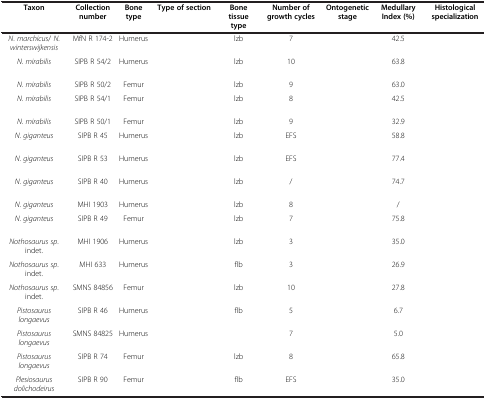
<table><thead><tr><td><b>Taxon</b></td><td><b>Collection number</b></td><td><b>Bone type</b></td><td><b>Type of section</b></td><td><b>Bone tissue type</b></td><td><b>Number of growth cycles</b></td><td><b>Ontogenetic stage</b></td><td><b>Medullary Index (%)</b></td><td><b>Histological specialization</b></td></tr></thead><tbody><tr><td><i>N</i>. <i>marchicus</i>/ <i>N</i>. <i>winterswijkensis</i></td><td>MfN R 174-2</td><td>Humerus</td><td>[EMPTY_CELL]</td><td>lzb</td><td>7</td><td>[EMPTY_CELL]</td><td>42.5</td><td>[EMPTY_CELL]</td></tr><tr><td><i>N</i>. <i>mirabilis</i></td><td>SIPB R 54/2</td><td>Humerus</td><td>[EMPTY_CELL]</td><td>lzb</td><td>10</td><td>[EMPTY_CELL]</td><td>63.8</td><td>[EMPTY_CELL]</td></tr><tr><td><i>N</i>. <i>mirabilis</i></td><td>SIPB R 50/2</td><td>Femur</td><td>[EMPTY_CELL]</td><td>lzb</td><td>9</td><td>[EMPTY_CELL]</td><td>63.0</td><td>[EMPTY_CELL]</td></tr><tr><td><i>N</i>. <i>mirabilis</i></td><td>SIPB R 54/1</td><td>Femur</td><td>[EMPTY_CELL]</td><td>lzb</td><td>8</td><td>[EMPTY_CELL]</td><td>42.5</td><td>[EMPTY_CELL]</td></tr><tr><td><i>N</i>. <i>mirabilis</i></td><td>SIPB R 50/1</td><td>Femur</td><td>[EMPTY_CELL]</td><td>lzb</td><td>9</td><td>[EMPTY_CELL]</td><td>32.9</td><td>[EMPTY_CELL]</td></tr><tr><td><i>N</i>. <i>giganteus</i></td><td>SIPB R 45</td><td>Humerus</td><td>[EMPTY_CELL]</td><td>lzb</td><td>EFS</td><td>[EMPTY_CELL]</td><td>58.8</td><td>[EMPTY_CELL]</td></tr><tr><td><i>N</i>. <i>giganteus</i></td><td>SIPB R 53</td><td>Humerus</td><td>[EMPTY_CELL]</td><td>lzb</td><td>EFS</td><td>[EMPTY_CELL]</td><td>77.4</td><td>[EMPTY_CELL]</td></tr><tr><td><i>N</i>. <i>giganteus</i></td><td>SIPB R 40</td><td>Humerus</td><td>[EMPTY_CELL]</td><td>lzb</td><td>/</td><td>[EMPTY_CELL]</td><td>74.7</td><td>[EMPTY_CELL]</td></tr><tr><td><i>N</i>. <i>giganteus</i></td><td>MHI 1903</td><td>Humerus</td><td>[EMPTY_CELL]</td><td>lzb</td><td>8</td><td>[EMPTY_CELL]</td><td>/</td><td>[EMPTY_CELL]</td></tr><tr><td><i>N</i>. <i>giganteus</i></td><td>SIPB R 49</td><td>Femur</td><td>[EMPTY_CELL]</td><td>lzb</td><td>7</td><td>[EMPTY_CELL]</td><td>75.8</td><td>[EMPTY_CELL]</td></tr><tr><td><i>Nothosaurus sp</i>. indet.</td><td>MHI 1906</td><td>Humerus</td><td>[EMPTY_CELL]</td><td>lzb</td><td>3</td><td>[EMPTY_CELL]</td><td>35.0</td><td>[EMPTY_CELL]</td></tr><tr><td><i>Nothosaurus sp</i>. indet.</td><td>MHI 633</td><td>Humerus</td><td>[EMPTY_CELL]</td><td>flb</td><td>3</td><td>[EMPTY_CELL]</td><td>26.9</td><td>[EMPTY_CELL]</td></tr><tr><td><i>Nothosaurus sp</i>. indet.</td><td>SMNS 84856</td><td>Femur</td><td>[EMPTY_CELL]</td><td>lzb</td><td>10</td><td>[EMPTY_CELL]</td><td>27.8</td><td>[EMPTY_CELL]</td></tr><tr><td><i>Pistosaurus longaevus</i></td><td>SIPB R 46</td><td>Humerus</td><td>[EMPTY_CELL]</td><td>flb</td><td>5</td><td>[EMPTY_CELL]</td><td>6.7</td><td>[EMPTY_CELL]</td></tr><tr><td><i>Pistosaurus longaevus</i></td><td>SMNS 84825</td><td>Humerus</td><td>[EMPTY_CELL]</td><td>[EMPTY_CELL]</td><td>7</td><td>[EMPTY_CELL]</td><td>5.0</td><td>[EMPTY_CELL]</td></tr><tr><td><i>Pistosaurus longaevus</i></td><td>SIPB R 74</td><td>Femur</td><td>[EMPTY_CELL]</td><td>lzb</td><td>8</td><td>[EMPTY_CELL]</td><td>65.8</td><td>[EMPTY_CELL]</td></tr><tr><td><i>Plesiosaurus dolichodeirus</i></td><td>SIPB R 90</td><td>Femur</td><td>[EMPTY_CELL]</td><td>flb</td><td>EFS</td><td>[EMPTY_CELL]</td><td>35.0</td><td>[EMPTY_CELL]</td></tr></tbody></table>